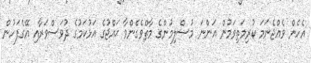
އެހެން ވެއްޖެނަމަ ކުރިމަތިވަމުން އަންނަ މުސްލިމުންގެ މާތްވެގެންވާ ޙައްޖުގެ އަޅުކަމުގެ ދުވަސްވަރާއި އޭގެފަހުން